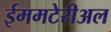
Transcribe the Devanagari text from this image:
ईममटेरीअल